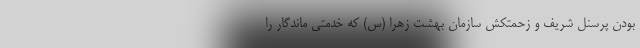
بودن پرسنل شریف و زحمتکش سازمان بهشت زهرا (س) که خدمتی ماندگار را